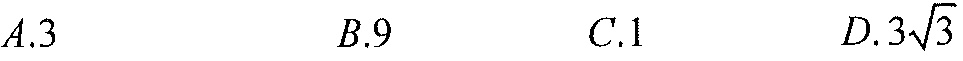
\(A.3\quad B.9\quad C.1\quad D.3\sqrt{3}\)